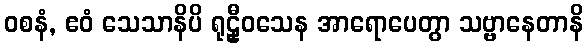
ဝစနံ, ဧဝံ သေသာနိပိ ရုဠှီဝသေန အာရောပေတွာ သဗ္ဗာနေတာနိ